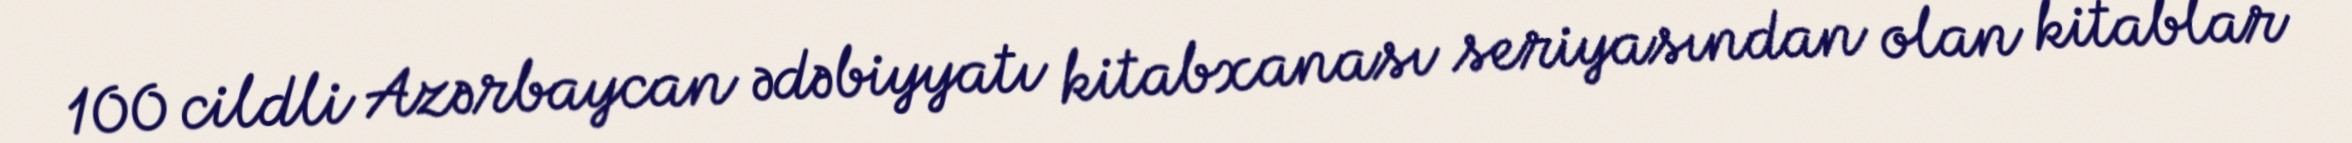
100 cildli Azərbaycan ədəbiyyatı kitabxanası seriyasından olan kitablar